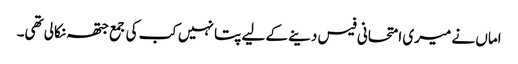
اماں نے میری امتحانی فیس دینے کے لیے پتا نہیں کب کی جمع جتھہ نکالی تھی۔